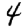
Digit: 4